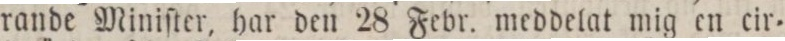
rande Miniſter, har den 28 Febr. meddelat mig en cir=